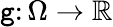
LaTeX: \mathtt{g}\colon\Omega\to{\mathbb{{R}}}